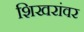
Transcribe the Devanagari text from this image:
शिखरांवर